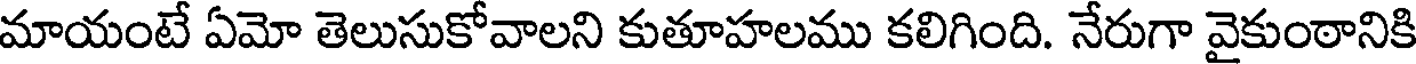
మాయంటే ఏమో తెలుసుకోవాలని కుతూహలము కలిగింది. నేరుగా వైకుంఠానికి